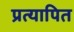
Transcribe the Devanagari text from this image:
प्रत्यापित